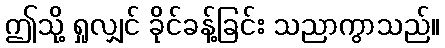
ဤသို့ ရှုလျှင် ခိုင်ခန့်ခြင်း သညာကွာသည်။